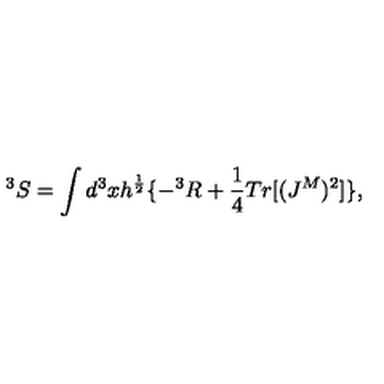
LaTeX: ^ 3 S = \int d ^ { 3 } x h ^ { \frac { 1 } { 2 } } \{ - ^ { 3 } R + \frac { 1 } { 4 } T r [ ( J ^ { M } ) ^ { 2 } ] \} ,